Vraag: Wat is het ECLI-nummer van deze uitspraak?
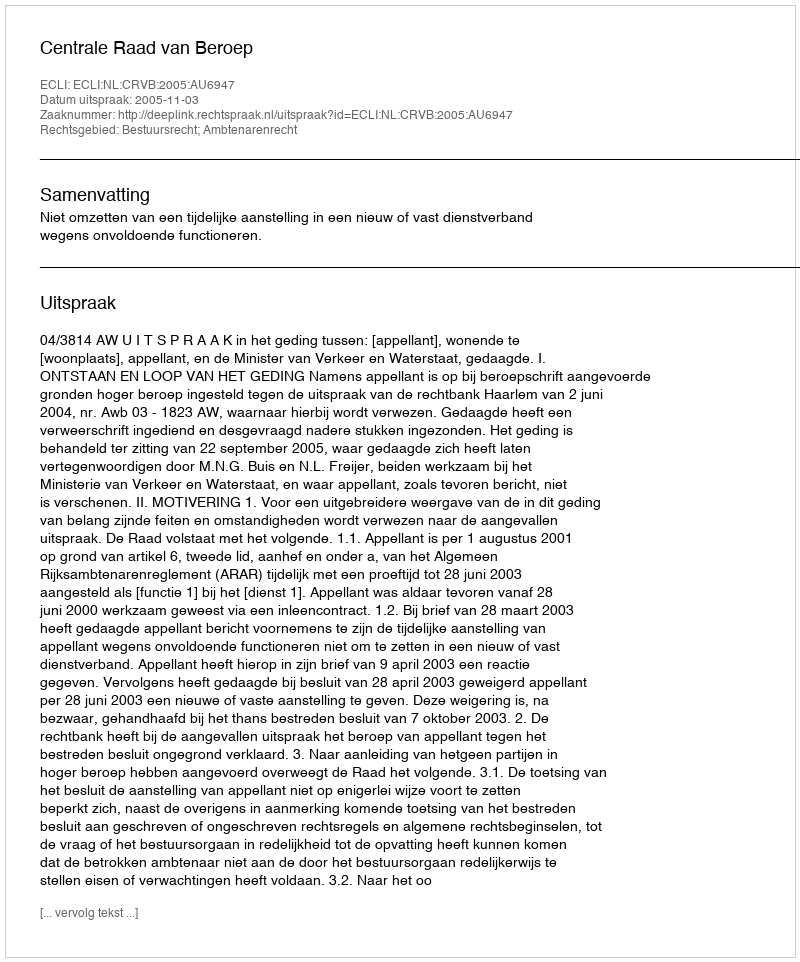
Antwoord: ECLI:NL:CRVB:2005:AU6947